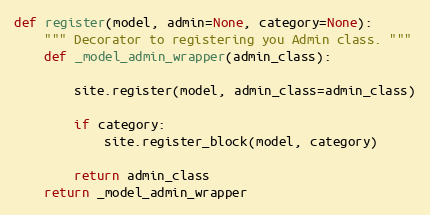
Language: Python
def register(model, admin=None, category=None):
    """ Decorator to registering you Admin class. """
    def _model_admin_wrapper(admin_class):

        site.register(model, admin_class=admin_class)

        if category:
            site.register_block(model, category)

        return admin_class
    return _model_admin_wrapper